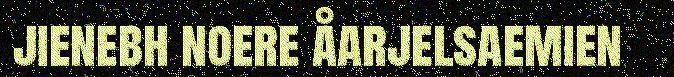
jienebh noere åarjelsaemien